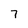
Character: 7